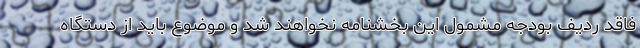
فاقد ردیف بودجه مشمول این بخشنامه نخواهند شد و موضوع باید از دستگاه